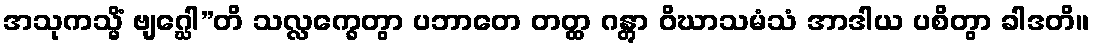
အသုကသ္မိံ ဗျဂ္ဃေါ”တိ သလ္လက္ခေတွာ ပဘာတေ တတ္ထ ဂန္တွာ ဝိဃာသမံသံ အာဒါယ ပစိတွာ ခါဒတိ။